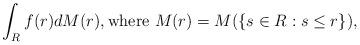
LaTeX: \begin{align*}\int_R f(r)dM(r), {\rm where\ } M(r)=M(\{s\in R:s\le r\}),\end{align*}